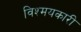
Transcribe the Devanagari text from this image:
विश्मयकारी